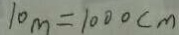
1 0 m = 1 0 0 0 c m